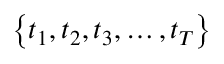
\left\{ t _ { 1 } , t _ { 2 } , t _ { 3 } , \dots , t _ { T } \right\}